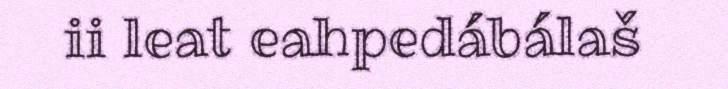
ii leat eahpedábálaš